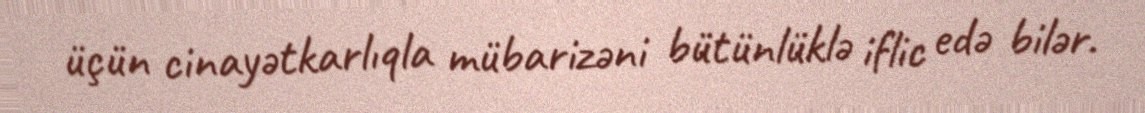
üçün cinayətkarlıqla mübarizəni bütünlüklə iflic edə bilər.